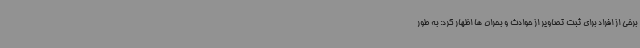
برخی از افراد برای ثبت تصاویر از حوادث و بحران ها اظهار کرد: به طور